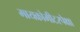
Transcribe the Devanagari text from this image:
मायक्रोमीटरपेक्षा